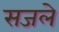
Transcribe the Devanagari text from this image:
सजले